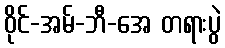
ဝိုင်-အမ်-ဘီ-အေ တရားပွဲ